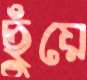
ছুঁয়ে